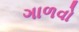
ગાળવો